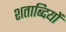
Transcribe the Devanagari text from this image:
शताब्‍दियों